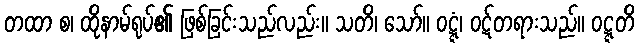
တထာ စ၊ ထိုနာမ်ရုပ်၏ ဖြစ်ခြင်းသည်လည်း။ သတိ၊ သော်။ ဝဋ္ဋံ၊ ဝဋ်တရားသည်။ ဝဋ္ဋတိ